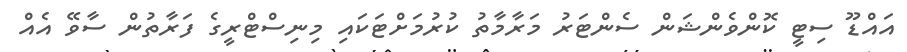
އައްޑޫ ސިޓީ ކޮންވެންޝަން ސެންޓަރު މަރާމާތު ކުރުމަށްޓަކައި މިނިސްޓްރީގެ ފަރާތުން ސާވޭ އެއް